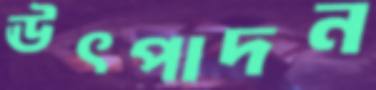
ঊৎপাদন